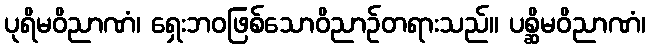
ပုရိမဝိညာဏံ၊ ရှေးဘဝဖြစ်သောဝိညာဉ်တရားသည်။ ပစ္ဆိမဝိညာဏံ၊